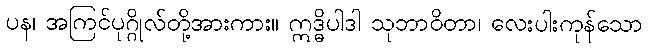
ပန၊ အကြင်ပုဂ္ဂိုလ်တို့အားကား။ ဣဒ္ဓိပါဒါ သုဘာဝိတာ၊ လေးပါးကုန်သော